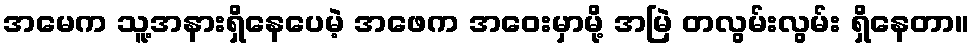
အမေက သူ့အနားရှိနေပေမဲ့ အဖေက အဝေးမှာမို့ အမြဲ တလွမ်းလွမ်း ရှိနေတာ။